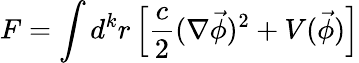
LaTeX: F=\int d^{k}r\left[\frac c2(\nabla\vec{\phi})^{2}+V(\vec{\phi})\right]